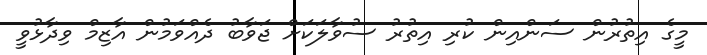
މީގެ އިތުރުން ސަންއިން ކުރި އިތުރު ސުވާލަކަށް ޖަވާބު ދެއްވަމުން އާޒިމް ވިދާޅުވީ